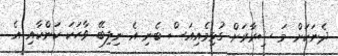
ދެނަކަށް މަ ޟިރާރަށް ގުޅިމެއިއަސް ބެނި އެ ނިލިބޭ ވާހަކަ ކަންކާއި އެ